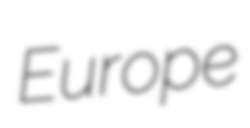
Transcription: Europe